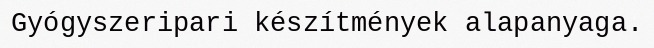
Gyógyszeripari készítmények alapanyaga.